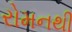
રોમનથી